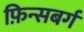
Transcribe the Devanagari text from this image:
फ़िन्सबर्ग